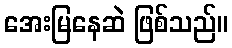
အေးမြနေဆဲ ဖြစ်သည်။